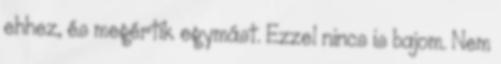
ehhez, és megértik egymást. Ezzel nincs is bajom. Nem